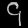
Digit: ၄